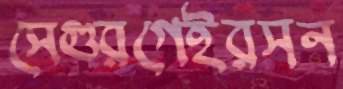
সেগুরগেইরসন